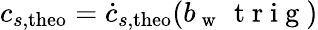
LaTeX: c_{s,\mathrm{theo}}=\dot{c}_{s,\mathrm{theo}}(b_{\mathrm{~w~}}\, \mathrm{~t~r~i~g~})